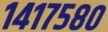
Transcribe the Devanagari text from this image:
१४१७५८०